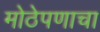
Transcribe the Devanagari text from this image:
मोठेपणाचा